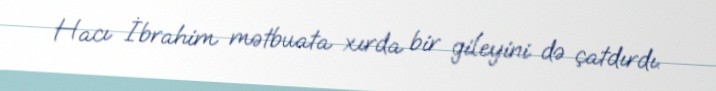
Hacı İbrahim mətbuata xırda bir gileyini də çatdırdı.